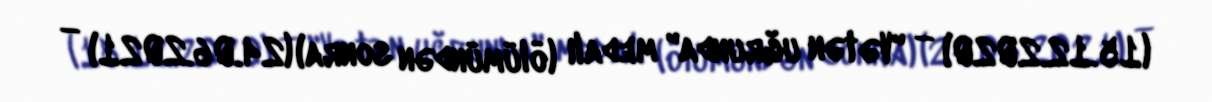
(15.12.2020) — "Vətən uğrunda" medalı (ölümündən sonra) (24.06.2021) —